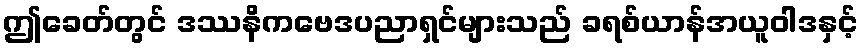
ဤခေတ်တွင် ဒဿနိကဗေဒပညာရှင်များသည် ခရစ်ယာန်အယူဝါဒနှင့်